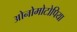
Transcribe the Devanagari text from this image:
ओनोमोटोपिया